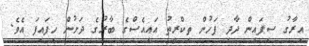
އިރާގު ސިފައިން ދާދި ފަހުން ތިކްރީތު އައިއެސްގެ ބާރުގެ ދަށުން ހިފައިފަ އެވެ.